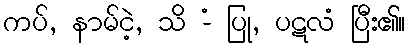
ကပ်, နာမ်ငဲ့, သိ -ံ ပြု, ပဋလံ ပြီး၏။